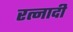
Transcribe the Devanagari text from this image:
रत्‍नादी